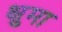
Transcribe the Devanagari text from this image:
क्षुमा